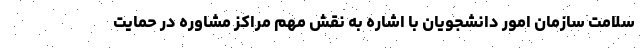
سلامت سازمان امور دانشجویان با اشاره به نقش مهم مراکز مشاوره در حمایت